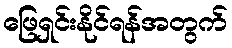
ဖြေရှင်းနိုင်ရန်အတွက်